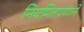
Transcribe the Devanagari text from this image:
नियमितपणाने